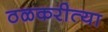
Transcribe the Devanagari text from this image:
ठळकरीत्या